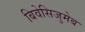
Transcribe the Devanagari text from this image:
बिवेसिजुमेब